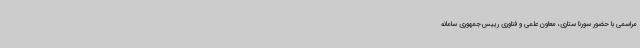
مراسمی با حضور سورنا ستاری، معاون علمی و فناوری رییس‌جمهوری سامانه